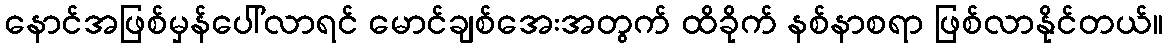
နောင်အဖြစ်မှန်ပေါ်လာရင် မောင်ချစ်အေးအတွက် ထိခိုက် နစ်နာစရာ ဖြစ်လာနိုင်တယ်။